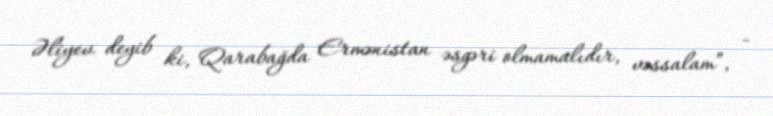
Əliyev deyib ki, Qarabağda Ermənistan əsgəri olmamalıdır, vəssalam”, -